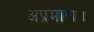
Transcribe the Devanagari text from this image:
अप्रमाण।